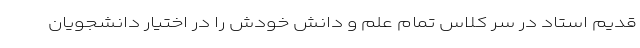
قدیم استاد در سر کلاس تمام علم و دانش خودش را در اختیار دانشجویان